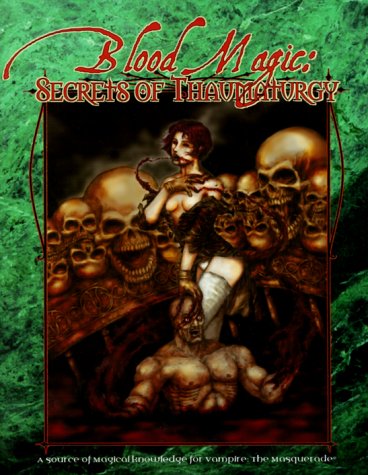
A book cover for Blood Magic: Secrets of Thaumaturgy (Vampire: The Masquerade); Justin Achilli; Science Fiction & Fantasy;